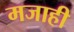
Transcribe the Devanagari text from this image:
मजाही